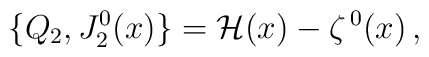
\{Q_2,J^0_2(x)\}= {\cal H}(x) -\zeta^{\,0} (x)\,,